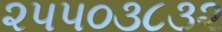
૨૫૫૦૩૮૩૨